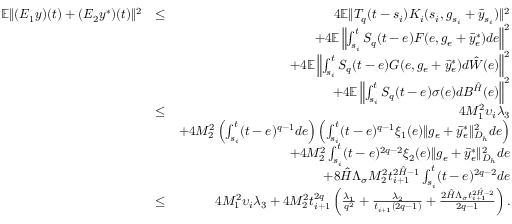
\begin{array} { r l r } { \mathbb { E } \| ( { \cal E } _ { 1 } y ) ( t ) + ( { \cal E } _ { 2 } y ^ { * } ) ( t ) \| ^ { 2 } } & { \leq } & { 4 \mathbb { E } \| { \cal T } _ { q } ( t - s _ { i } ) { \cal K } _ { i } ( s _ { i } , g _ { s _ { i } } + \bar { y } _ { s _ { i } } ) \| ^ { 2 } } \\ & { } & { + 4 \mathbb { E } \left\| \int _ { s _ { i } } ^ { t } { \cal S } _ { q } ( t - e ) { \cal F } ( e , g _ { e } + \bar { y } _ { e } ^ { * } ) d e \right\| ^ { 2 } } \\ & { } & { + 4 \mathbb { E } \left\| \int _ { s _ { i } } ^ { t } { \cal S } _ { q } ( t - e ) { \cal G } ( e , g _ { e } + \bar { y } _ { e } ^ { * } ) d \hat { \cal W } ( e ) \right\| ^ { 2 } } \\ & { } & { + 4 \mathbb { E } \left\| \int _ { s _ { i } } ^ { t } { \cal S } _ { q } ( t - e ) \sigma ( e ) d { \cal B } ^ { \hat { \cal H } } ( e ) \right\| ^ { 2 } } \\ & { \leq } & { 4 { \cal M } _ { 1 } ^ { 2 } \upsilon _ { i } \lambda _ { 3 } } \\ & { } & { + 4 { \cal M } _ { 2 } ^ { 2 } \left( \int _ { s _ { i } } ^ { t } ( t - e ) ^ { q - 1 } d e \right) \left( \int _ { s _ { i } } ^ { t } ( t - e ) ^ { q - 1 } \xi _ { 1 } ( e ) \| g _ { e } + \bar { y } _ { e } ^ { * } \| _ { { \cal D } _ { h } } ^ { 2 } d e \right) } \\ & { } & { + 4 { \cal M } _ { 2 } ^ { 2 } \int _ { s _ { i } } ^ { t } ( t - e ) ^ { 2 q - 2 } \xi _ { 2 } ( e ) \| g _ { e } + \bar { y } _ { e } ^ { * } \| _ { { { \cal D } _ { h } } } ^ { 2 } d e } \\ & { } & { + 8 \hat { \cal H } \Lambda _ { \sigma } { \cal M } _ { 2 } ^ { 2 } t _ { i + 1 } ^ { 2 \hat { \cal H } - 1 } \int _ { s _ { i } } ^ { t } ( t - e ) ^ { 2 q - 2 } d e } \\ & { \leq } & { 4 { \cal M } _ { 1 } ^ { 2 } \upsilon _ { i } \lambda _ { 3 } + 4 { \cal M } _ { 2 } ^ { 2 } { t } _ { i + 1 } ^ { 2 q } \left( \frac { \lambda _ { 1 } } { q ^ { 2 } } + \frac { \lambda _ { 2 } } { t _ { i + 1 } ( 2 q - 1 ) } + \frac { 2 \hat { \cal H } \Lambda _ { \sigma } t _ { i + 1 } ^ { 2 \hat { \cal H } - 2 } } { 2 q - 1 } \right) . } \end{array}